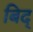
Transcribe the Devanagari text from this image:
बिद्